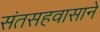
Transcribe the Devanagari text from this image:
संतसहवासाने